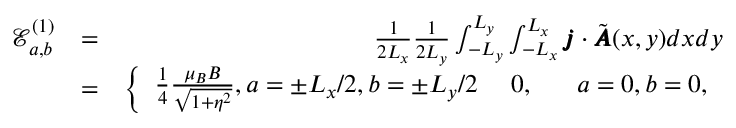
\begin{array} { r l r } { \mathcal { E } _ { a , b } ^ { ( 1 ) } } & { = } & { \frac { 1 } { 2 L _ { x } } \frac { 1 } { 2 L _ { y } } \int _ { - L _ { y } } ^ { L _ { y } } \int _ { - L _ { x } } ^ { L _ { x } } \pmb { j } \cdot \tilde { \pmb { A } } ( x , y ) d x d y } \\ & { = } & { \left\{ \begin{array} { l l } { \frac { 1 } { 4 } \frac { \mu _ { B } B } { \sqrt { 1 + \eta ^ { 2 } } } , a = \pm L _ { x } / 2 , b = \pm L _ { y } / 2 \ ~ ~ ~ 0 , ~ ~ ~ ~ ~ a = 0 , b = 0 , } \end{array} \right. } \end{array}